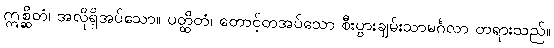
ဣစ္ဆိတံ၊ အလိုရှိအပ်သော။ ပတ္ထိတံ၊ တောင့်တအပ်သော စီးပွားချမ်းသာမင်္ဂလာ တရားသည်။